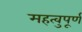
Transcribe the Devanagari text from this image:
महत्वुपूर्ण